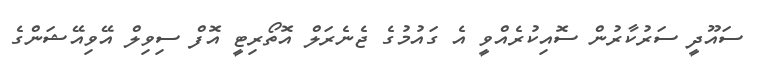
ސައޫދީ ސަރުކާރުން ސޮއިކުރެއްވީ އެ ގައުމުގެ ޖެނެރަލް އޮތޯރިޓީ އޮފް ސިވިލް އޭވިއޭޝަންގެ